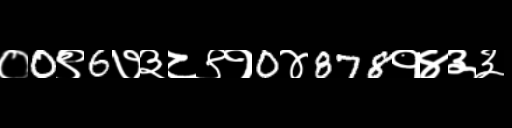
Text: ०0९6७३८९१0४878१४३३